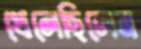
খেলেছিলেন